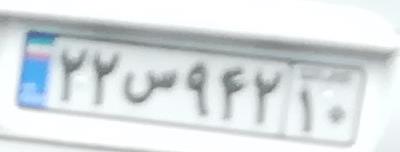
۲۲س۹۴۲۱۰